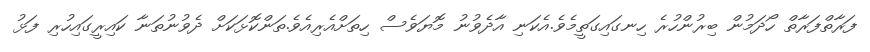
ފަރާތްފަރާތް ހޯދަމުން ބިރުންހުރެ ހިނގައިގަތީމެވެ.އެކަނި އާދެވުނު މޮޔަވެސް ހިތަށްއެރިއެވެ.ތަންކޮޅަކަށް ދެވުނުތަނާ ކައިރީގައިހުރި ފަޅު